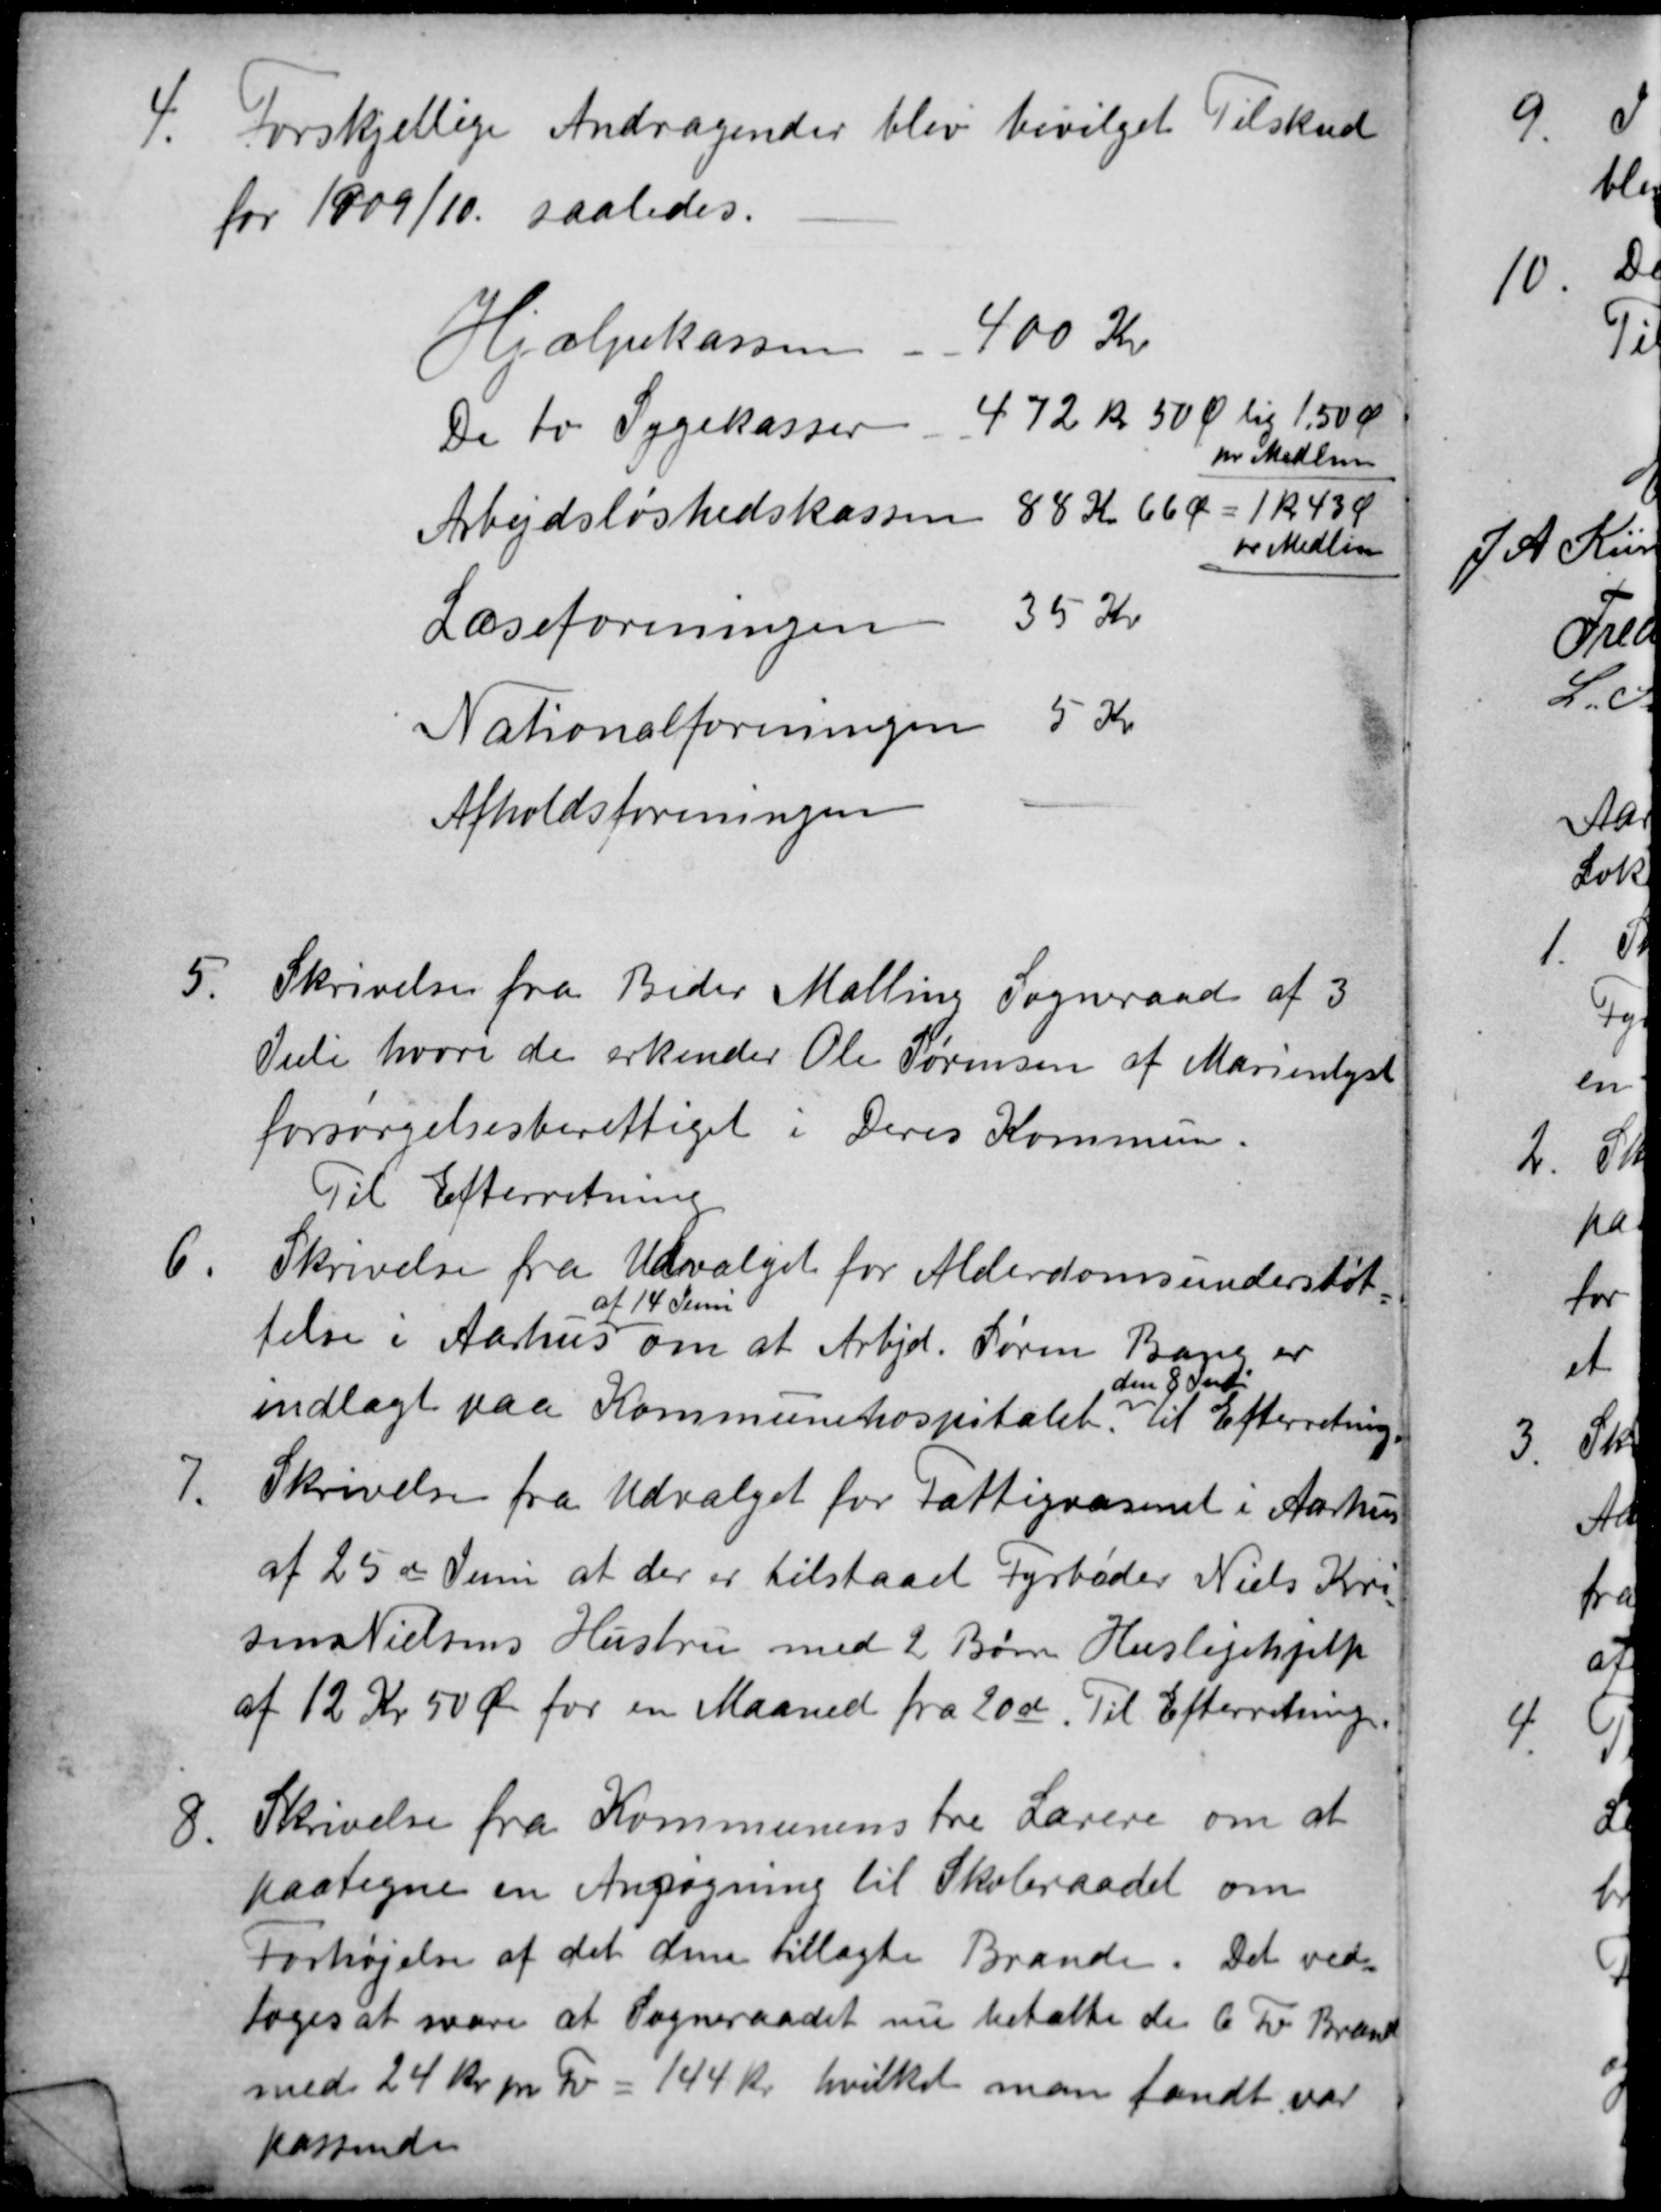
Transskription:
4.
Forskjellige Andragender blev bevilget Tilskud
for 1909/10 saaledes.
Hjælpekassen
400 Kr
De to Sygekasser
472 kr 50 Ø lig 1,50 Ør
pr Medlem
Arbejdsløshedskassen 88 Kr 66 Ø = 1 kr. 43 Ø
pr Medlem
Læseforeningen
35 Kr
Nationalforeningen
5 Kr
Afholdsforeningen
5
Skrivelse fra Beder Malling Sogneraad af 3
Juli hvori de erkender Ole Sørensen af Marienlyst
forsørgelsesberettiget i Deres Kommune.
Til Efterretning
6.
Skrivelse fra Udvalget for Alderdomsunderstøt-
telse i Aarhus
af 14 Juni
om at Arbjd. Søren Bang er
indlagt paa Kommunehospitalet
den 8 Juli
til Efterretning.
7.
Skrivelse fra Udvalget for Fattigvæsenet i Aarhus
af 25de Juni at der er tilstaaet Fyrbøder Niels Kri
sens Nielsens Hustru med 2 Børn Huslejehjælp
af 12 Kr 50 Øre for en Maaned fra 20 de. Til Efterretning.
8
Skrivelse fra Kommunens tre Lærere om at
paategne en Ansøgning til Skoleraadet om
Forhøjelse af det dem tillagte Brænde. Det ved-
toges at svare at Sogneraadet nu betalte de 6 Fv Brænde
med 24 kr. pr. Fv = 144 Kr. hvilket man fandt var 
passende